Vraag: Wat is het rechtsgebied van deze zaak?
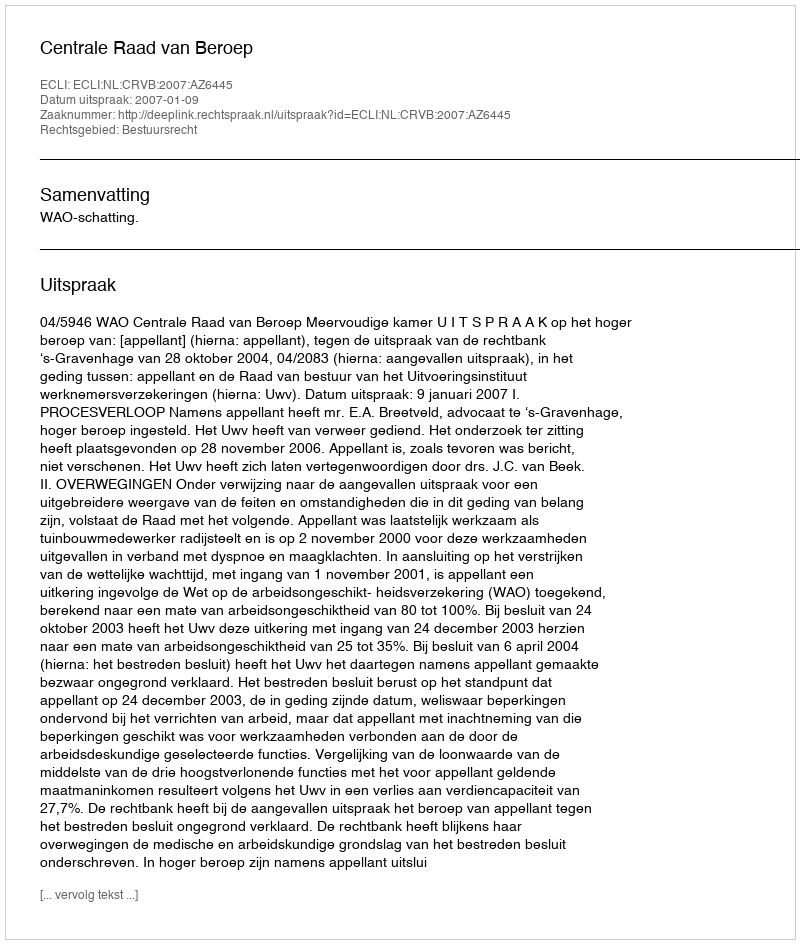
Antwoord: Bestuursrecht